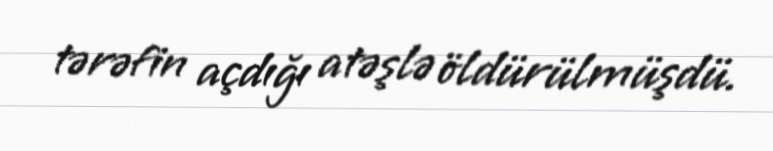
tərəfin açdığı atəşlə öldürülmüşdü.